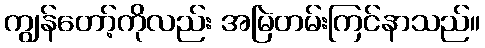
ကျွန်တော့်ကိုလည်း အမြဲတမ်းကြင်နာသည်။